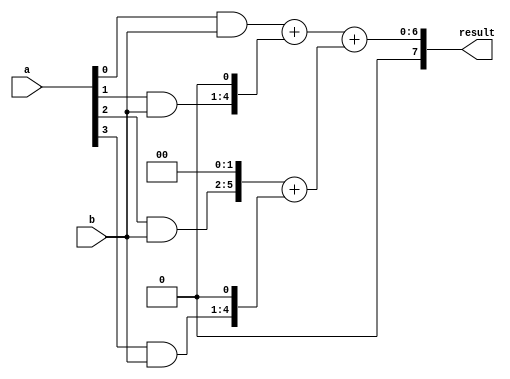
module radix4_multiplier(
    input [3:0] a,
    input [3:0] b,
    output reg [7:0] result
);

reg [3:0] partial_products [3:0];
reg [5:0] intermediate_results [2:0];

// Generate partial products
always @*
begin
    partial_products[0] = a[0] & b;
    partial_products[1] = a[1] & b;
    partial_products[2] = a[2] & b;
    partial_products[3] = a[3] & b;
end

// Shift and add partial products
always @*
begin
    intermediate_results[0] = partial_products[0];
    intermediate_results[1] = partial_products[1] << 1;
    intermediate_results[2] = (partial_products[2] << 2) + (partial_products[3] << 1);
end

// Add intermediate results using adder tree
assign result = intermediate_results[0] + intermediate_results[1] + intermediate_results[2];

endmodule